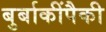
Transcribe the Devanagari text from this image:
बुर्बाकींपैकी